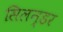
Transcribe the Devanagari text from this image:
सिलन्डर